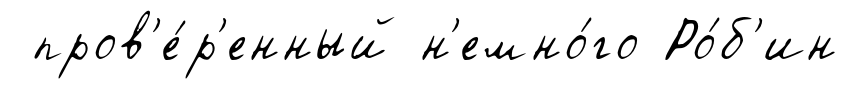
пров'е́р'енный н'емно́го Ро́б'ин